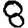
Digit: 8